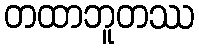
တထာဘူတဿ